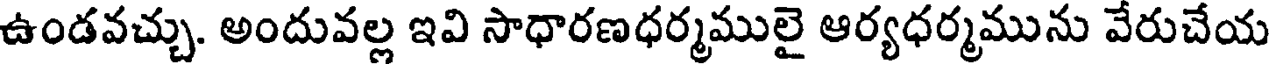
ఉండవచ్చు. అందువల్ల ఇవి సాధారణధర్మములై ఆర్యధర్మమును వేరుచేయ